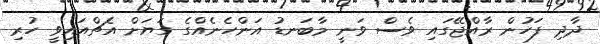
ދާދި ފަހުން ރާއްޖޭގައި ވެސް ވަނީ މާބަނޑު އަންހެނެއްގެ ގަޔަށް އެޗްއައިވީ ހުރި